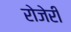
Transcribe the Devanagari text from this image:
रोजेरी